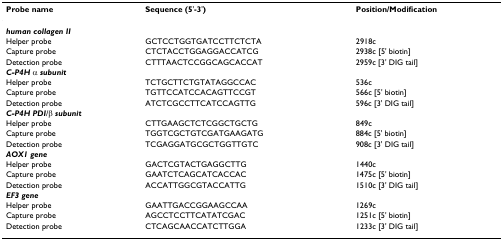
<table><thead><tr><td><b>Probe name</b></td><td><b>Sequence (5'-3')</b></td><td><b>Position/Modification</b></td></tr></thead><tbody><tr><td><b><i>human collagen II</i></b></td><td>[EMPTY_CELL]</td><td>[EMPTY_CELL]</td></tr><tr><td>Helper probe</td><td>GCTCCTGGTGATCCTTCTCTA</td><td>2918c</td></tr><tr><td>Capture probe</td><td>CTCTACCTGGAGGACCATCG</td><td>2938c [5' biotin]</td></tr><tr><td>Detection probe</td><td>CTTTAACTCCGGCAGCACCAT</td><td>2959c [3' DIG tail]</td></tr><tr><td><b><i>C-P4H </i></b>α <b><i>subunit</i></b></td><td>[EMPTY_CELL]</td><td>[EMPTY_CELL]</td></tr><tr><td>Helper probe</td><td>TCTGCTTCTGTATAGGCCAC</td><td>536c</td></tr><tr><td>Capture probe</td><td>TGTTCCATCCACAGTTCCGT</td><td>566c [5' biotin]</td></tr><tr><td>Detection probe</td><td>ATCTCGCCTTCATCCAGTTG</td><td>596c [3' DIG tail]</td></tr><tr><td><b><i>C-P4H PDI</i></b>/β <b><i>subunit</i></b></td><td>[EMPTY_CELL]</td><td>[EMPTY_CELL]</td></tr><tr><td>Helper probe</td><td>CTTGAAGCTCTCGGCTGCTG</td><td>849c</td></tr><tr><td>Capture probe</td><td>TGGTCGCTGTCGATGAAGATG</td><td>884c [5' biotin]</td></tr><tr><td>Detection probe</td><td>TCGAGGATGCGCTGGTTGTC</td><td>908c [3' DIG tail]</td></tr><tr><td><b><i>AOX1 gene</i></b></td><td>[EMPTY_CELL]</td><td>[EMPTY_CELL]</td></tr><tr><td>Helper probe</td><td>GACTCGTACTGAGGCTTG</td><td>1440c</td></tr><tr><td>Capture probe</td><td>GAATCTCAGCATCACCAC</td><td>1475c [5' biotin]</td></tr><tr><td>Detection probe</td><td>ACCATTGGCGTACCATTG</td><td>1510c [3' DIG tail]</td></tr><tr><td><b><i>EF3 gene</i></b></td><td>[EMPTY_CELL]</td><td>[EMPTY_CELL]</td></tr><tr><td>Helper probe</td><td>GAATTGACCGGAAGCCAA</td><td>1269c</td></tr><tr><td>Capture probe</td><td>AGCCTCCTTCATATCGAC</td><td>1251c [5' biotin]</td></tr><tr><td>Detection probe</td><td>CTCAGCAACCATCTTGGA</td><td>1233c [3' DIG tail]</td></tr></tbody></table>